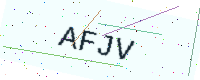
Text: AFJV